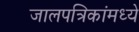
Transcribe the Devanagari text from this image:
जालपत्रिकांमध्ये